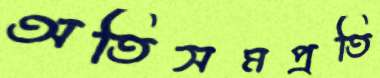
অতিসমপ্রতি